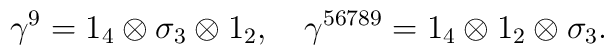
\gamma ^9=1_4\otimes \sigma _3\otimes 1_2,\quad \gamma ^{56789}=1_4\otimes1_2\otimes \sigma _3.